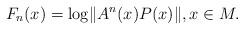
LaTeX: \begin{align*} F_n(x)=\log \lVert A^n(x)P(x)\rVert, x\in M. \end{align*}